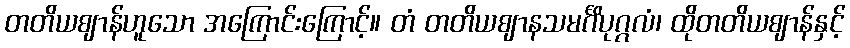
တတိယဈာန်ဟူသော အကြောင်းကြောင့်။ တံ တတိယဈာနသမင်္ဂိပုဂ္ဂလံ၊ ထိုတတိယဈာန်နှင့်